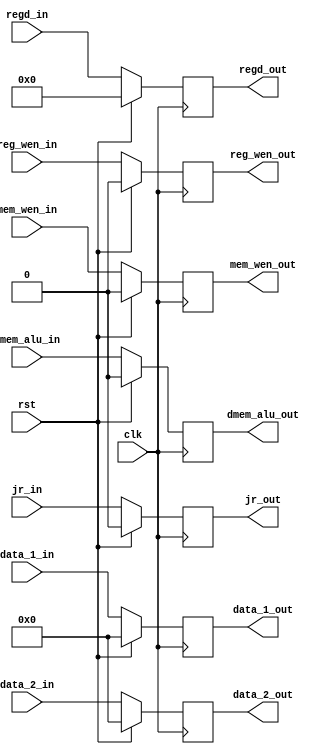
//Eric Sullivan
//10/10/2019
//EX_MEM pipe

module EX_MEM (

	// clock and reset
	input clk,
	input rst,
	
	//data in and out
	input [31:0] data_1_in,
	input [31:0] data_2_in,
	output reg [31:0] data_1_out,
	output reg [31:0] data_2_out,
	
	
	//controller junk
	input reg_wen_in,
	input dmem_alu_in,
	input mem_wen_in,
	input jr_in,
	input [4:0] regd_in, //either rd or rt from mux
	output reg reg_wen_out,
	output reg dmem_alu_out,
	output reg mem_wen_out,
	output reg jr_out,
	output reg [4:0] regd_out);
	
	
	initial begin
	
		//data
		data_1_out = 0;
		data_2_out = 0;
		
		//control
		reg_wen_out = 0;
		dmem_alu_out = 0;
		mem_wen_out = 0;
		jr_out = 0;
		regd_out = 0;
		
	end
	
	always @(posedge clk) begin
	
		if (rst == 1'b1) begin
		
			//data
			data_1_out <= 0;
			data_2_out <= 0;
		
			//control
			reg_wen_out <= 0;
			dmem_alu_out <= 0;
			mem_wen_out <= 0;
			jr_out <= 0;
			regd_out <= 0;
			
		end
		
		else begin
			
			//data
			data_1_out <= data_1_in;
			data_2_out <= data_2_in;
		
			//control
			reg_wen_out <= reg_wen_in;
			dmem_alu_out <= dmem_alu_in;
			mem_wen_out <= mem_wen_in;
			jr_out <= jr_in;
			regd_out <= regd_in;
			
		end
		
	end
	
endmodule